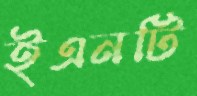
ইএনটি